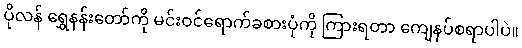
ပိုလန် ရွှေနန်းတော်ကို မင်းဝင်ရောက်ခစားပုံကို ကြားရတာ ကျေနပ်စရာပါပဲ။